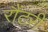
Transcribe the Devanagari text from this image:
रौंटरी